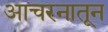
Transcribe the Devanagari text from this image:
आचरनातून